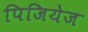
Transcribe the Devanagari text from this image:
पिजियेज